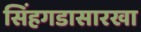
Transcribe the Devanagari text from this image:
सिंहगडासारखा